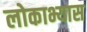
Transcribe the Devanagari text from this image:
लोकाभ्यास